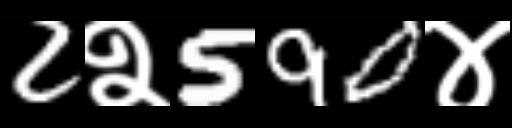
Text: 2२590४